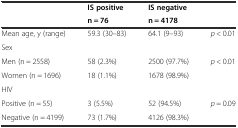
| <ROWSPAN=2>  | IS positive | IS negative | <ROWSPAN=2>  |
 | n = 76 | n = 4178 |
 | --- | --- | --- | --- |
 | Mean age, y (range) | 59.3 (30–83) | 64.1 (9–93) | p < 0.01 |
 | Sex |  |  |  |
 | Men (n = 2558) | 58 (2.3%) | 2500 (97.7%) | p < 0.01 |
 | Women (n = 1696) | 18 (1.1%) | 1678 (98.9%) |  |
 | HIV |  |  |  |
 | Positive (n = 55) | 3 (5.5%) | 52 (94.5%) | p = 0.09 |
 | Negative (n = 4199) | 73 (1.7%) | 4126 (98.3%) |  |